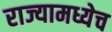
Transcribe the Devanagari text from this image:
राज्यामध्येच